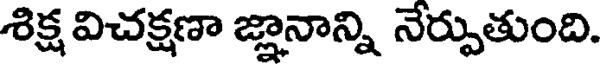
శిక్ష విచక్షణా జ్ఞానాన్ని నేర్పుతుంది.